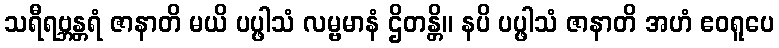
သရီရဗ္ဘန္တရံ ဇာနာတိ မယိ ပပ္ဖါသံ လမ္ဗမာနံ ဌိတန္တိ။ နပိ ပပ္ဖါသံ ဇာနာတိ အဟံ ဧဝရူပေ